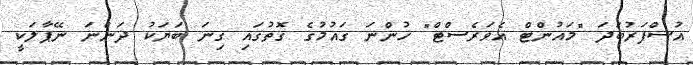
އުސްފަރުބަދަ "މައުންޓް އެވަރެސްޓް" ހުންނަ ގައުމުގެ ގޮތުގައި ގިނަ ބަޔަކު ދަންނަ ނޭޕާލަކީ